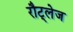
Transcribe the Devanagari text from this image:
रौट्लेज